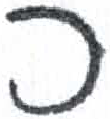
אות: כ